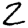
Digit: 2